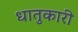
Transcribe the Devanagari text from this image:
धातुकारी